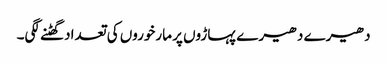
دھیرے دھیرے پہاڑوں پر مارخوروں کی تعداد گھٹنے لگی۔